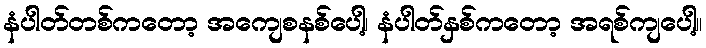
နံပါတ်တစ်ကတော့ အကျေစနစ်ပေါ့၊ နံပါတ်နှစ်ကတော့ အရစ်ကျပေါ့။